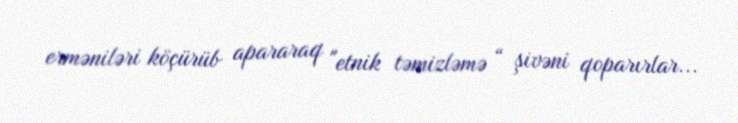
erməniləri köçürüb apararaq "etnik təmizləmə “ şivəni qoparırlar...